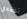
تفقدي